Leaving Certificate Examination, 1910
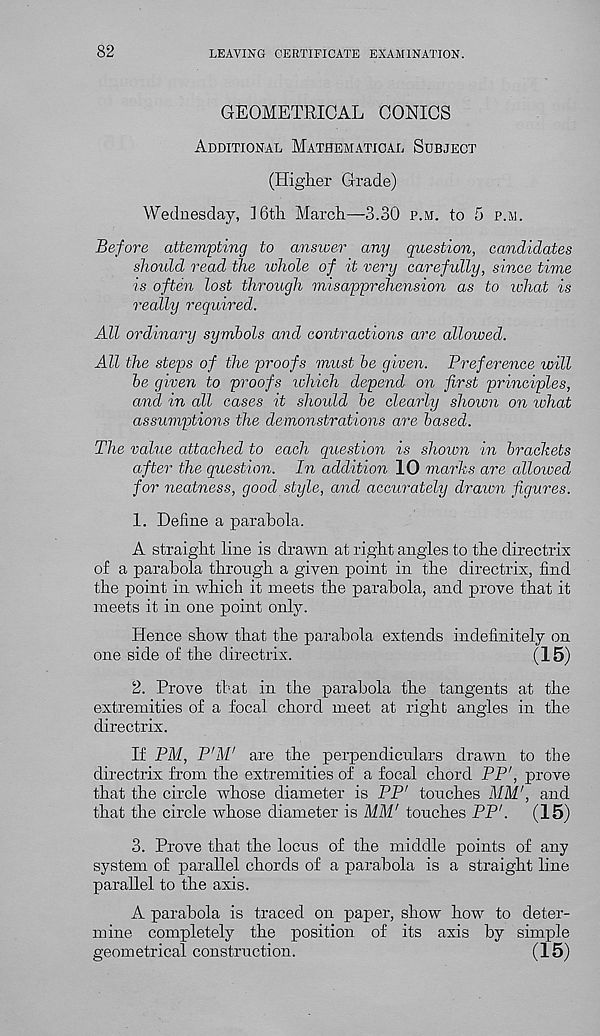
82
LEAVING CERTIFICATE EXAMINATION.
GEOMETRICAL CONICS
Additional Mathematical Subject
(Higher Grade)
Wednesday, ]6th March—3.30 p.m. to 5 p.m.
Before attempting to answer any question, candidates
should read the whole of it very carefully, since time
is often lost through misapprehension as to what is
really required.
All ordinary symbols and contractions are allowed.
All the steps of the proofs must be given. Preference will
be given to proofs which depend on first principles,
and in all cases it should be clearly shown on what
assumptions the demonstrations are based.
The value attached to each question is shown in brackets
after the question. In addition 10 marks are allowed
for neatness, good style, and accurately drawn figures.
1. Define a parabola.
A straight line is drawn at right angles to the directrix
of a parabola through a given point in the directrix, find
the point in which it meets the parabola, and prove that it
meets it in one point only.
Hence show that the parabola extends indefinitely on
one side of the directrix.
(15)
2. Prove that in the parabola the tangents at the
extremities of a focal chord meet at right angles in the
directrix.
If PM, P'M' are the perpendiculars drawn to the
directrix from the extremities of a focal chord PP', prove
that the circle whose diameter is PP' touches MM', and
that the circle whose diameter is MM' touches PP'.
(15)
3. Prove that the locus of the middle points of any
system of parallel chords of a parabola is a straight line
parallel to the axis.
A parabola is traced on paper, show how to deter-
mine completely the position of its axis by simple
geometrical construction.
(15)